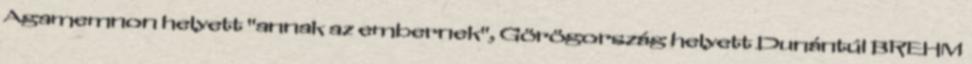
Agamemnon helyett "annak az embernek", Görögország helyett Dunántúl BREHM